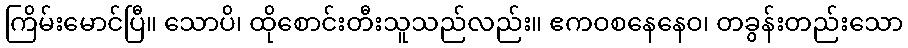
ကြိမ်းမောင်ပြီ။ သောပိ၊ ထိုစောင်းတီးသူသည်လည်း။ ဧကဝစနေနေဝ၊ တခွန်းတည်းသော